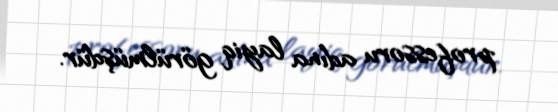
professoru adına layiq görülmüşdür.